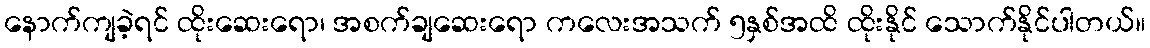
နောက်ကျခဲ့ရင် ထိုးဆေးရော၊ အစက်ချဆေးရော ကလေးအသက် ၅နှစ်အထိ ထိုးနိုင် သောက်နိုင်ပါတယ်။